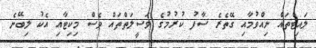
ލައިޓްތައް ނިއްވުމާއި ގޭތެރެ ސާފު ކުރުމުގެ ވަސީލަތްތައް ވެސް މިކިޓާއި އެކު ލިބޭނެ